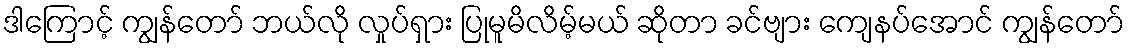
ဒါကြောင့် ကျွန်တော် ဘယ်လို လှုပ်ရှား ပြုမူမိလိမ့်မယ် ဆိုတာ ခင်ဗျား ကျေနပ်အောင် ကျွန်တော်